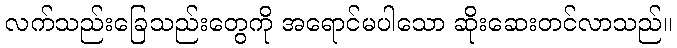
လက်သည်းခြေသည်းတွေကို အရောင်မပါသော ဆိုးဆေးတင်လာသည်။